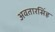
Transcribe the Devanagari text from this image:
अवतारसिंह